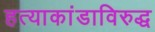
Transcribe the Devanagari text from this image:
हत्याकांडाविरुद्ध